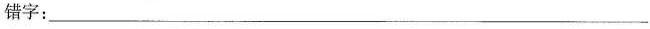
错字：___